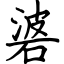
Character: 碆